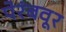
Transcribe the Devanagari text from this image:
पेरंबवूर